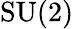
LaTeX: \operatorname{SU}(2)